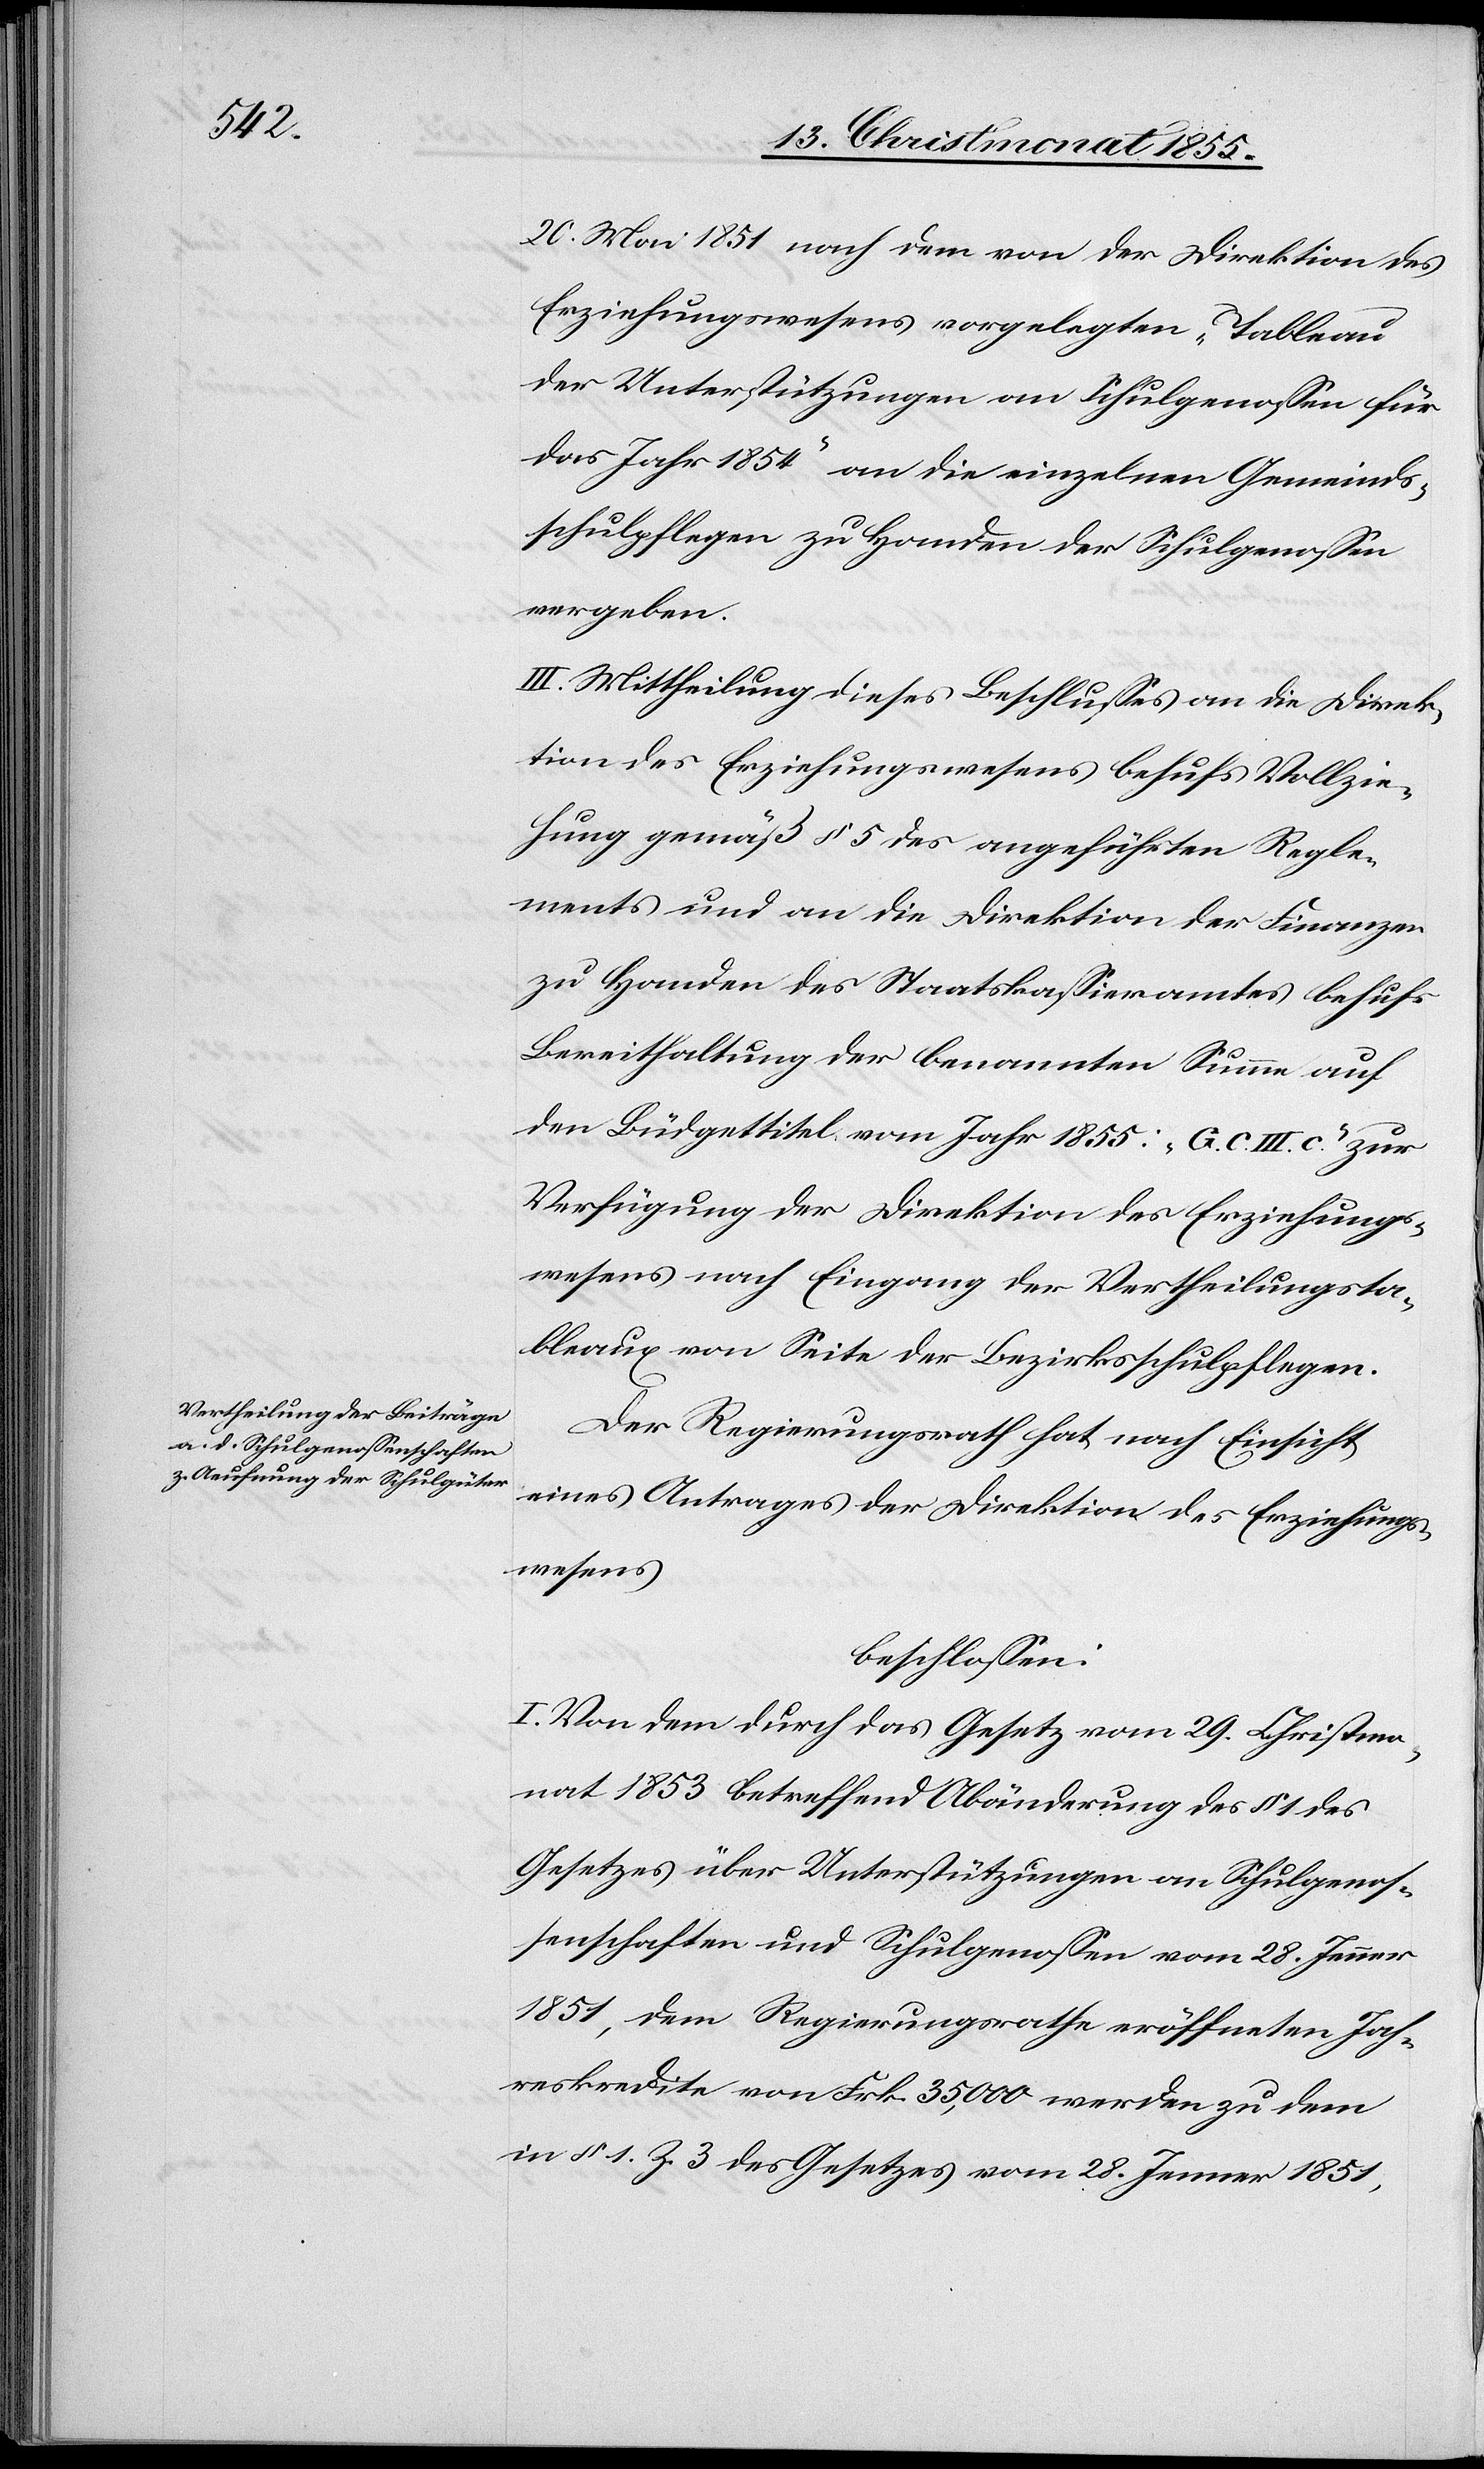
20. Mai 1851 nach dem von der Direktion des
Erziehungswesens vorgelegten „Tableau
der Unterstützungen an Schulgenossen für
das Jahr 1854“ an die einzelnen Gemeinds¬
schulpflegen zu Handen der Schulgenossen
vergeben.
III. Mittheilung dieses Beschlusses an die Direk¬
tion des Erziehungswesens behufs Vollzie¬
hung gemäß § 5 des angeführten Regle¬
ments und an die Direktion der Finanzen
zu Handen des Staatskassieramtes behufs
Bereithaltung der benannten Summe auf
den Büdgettitel vom Jahr 1855: „G. C. III. c.“ zur
Verfügung der Direktion des Erziehungs¬
wesens nach Eingang der Vertheilungsta¬
bleaux von Seite der Bezirksschulpflegen.
Der Regierungsrath hat nach Einsicht
eines Antrages der Direktion des Erziehungs¬
wesens
beschlossen:
I. Von dem durch das Gesetz vom 29. Christmo¬
nat 1853 betreffend Abänderung des § 1 des
Gesetzes über Unterstützungen an Schulgenos¬
senschaften und Schulgenossen vom 28. Jenner
1851, dem Regierungsrathe eröffneten Jah¬
reskredite von Frk. 35,000 werden zu dem
in § 1. Z. 3 des Gesetzes vom 28. Jenner 1851,